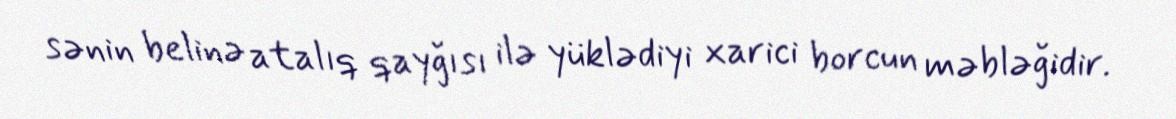
sənin belinə atalıq qayğısı ilə yüklədiyi xarici borcun məbləğidir.